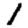
Digit: 1